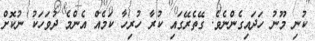
ކުނި މޫނު ހަދައިގެންނެވެ. ގޭތެރޭގައި ކުރާ ހުރިހާ ކަމެއް އެންމެ ދުވަހަކު ނުކޮށް